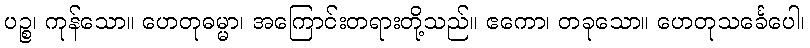
ပဉ္စ၊ ကုန်သော။ ဟေတုဓမ္မာ၊ အကြောင်းတရားတို့သည်။ ဧကော၊ တခုသော။ ဟေတုသင်္ခေပေါ၊